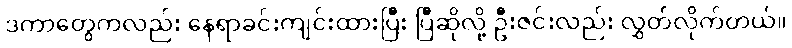
ဒကာတွေကလည်း နေရာခင်းကျင်းထားပြီး ပြီဆိုလို့ ဦးဇင်းလည်း လွှတ်လိုက်တယ်။